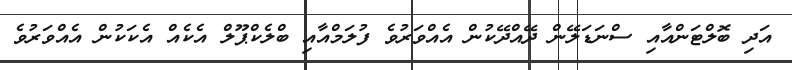
އަދި ބޮލްޓަންއާއި ސްނަޑަލޭން ދޭއްދޭކުން އެއްވަރުވެ ފުލަމްއާއި ބްލެކްޕޫލް އެކެއް އެކަކުން އެއްވަރުވެ